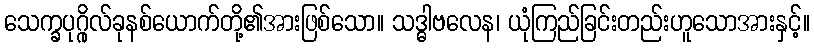
သေက္ခပုဂ္ဂိုလ်ခုနစ်ယောက်တို့၏အားဖြစ်သော။ သဒ္ဓါဗလေန၊ ယုံကြည်ခြင်းတည်းဟူသောအားနှင့်။